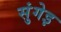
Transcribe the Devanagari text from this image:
सुंगेइ